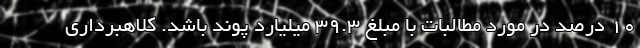
10 درصد در مورد مطالبات با مبلغ 39.3 میلیارد پوند باشد. کلاهبرداری